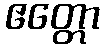
ဧတ္တော